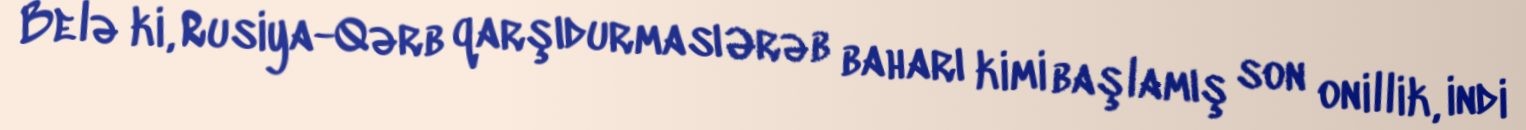
Belə ki, Rusiya-Qərb qarşıdurması Ərəb baharı kimi başlamış son onillik, indi